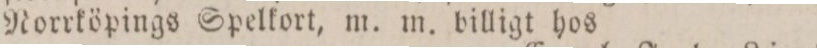
Norrköpings Spelkort, m. m. billigt hos